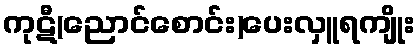
ကုဋီ(ညောင်စောင်း)ပေးလှူရကျိုး